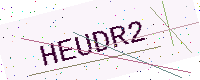
Text: HEUDR2